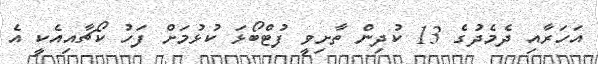
އަހަރާއި ދެމެދުގެ 13 ކުދިން ތާށިވީ ފުޓްބޯޅަ ކުޅުމަށް ފަހު ކޯޗާއިއެކީ އެ